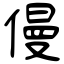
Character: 僈